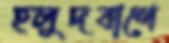
হলুদবাণে